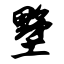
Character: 墅